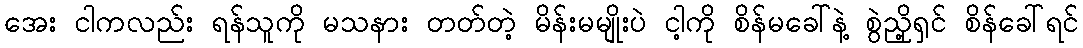
အေး ငါကလည်း ရန်သူကို မသနား တတ်တဲ့ မိန်းမမျိုးပဲ ငါ့ကို စိန်မခေါ်နဲ့ စွဲညှို့ရှင် စိန်ခေါ်ရင်